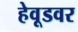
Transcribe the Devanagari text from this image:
हेवूडवर